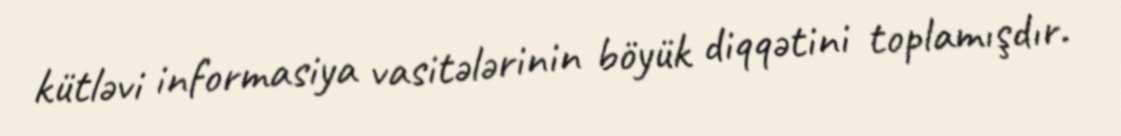
kütləvi informasiya vasitələrinin böyük diqqətini toplamışdır.